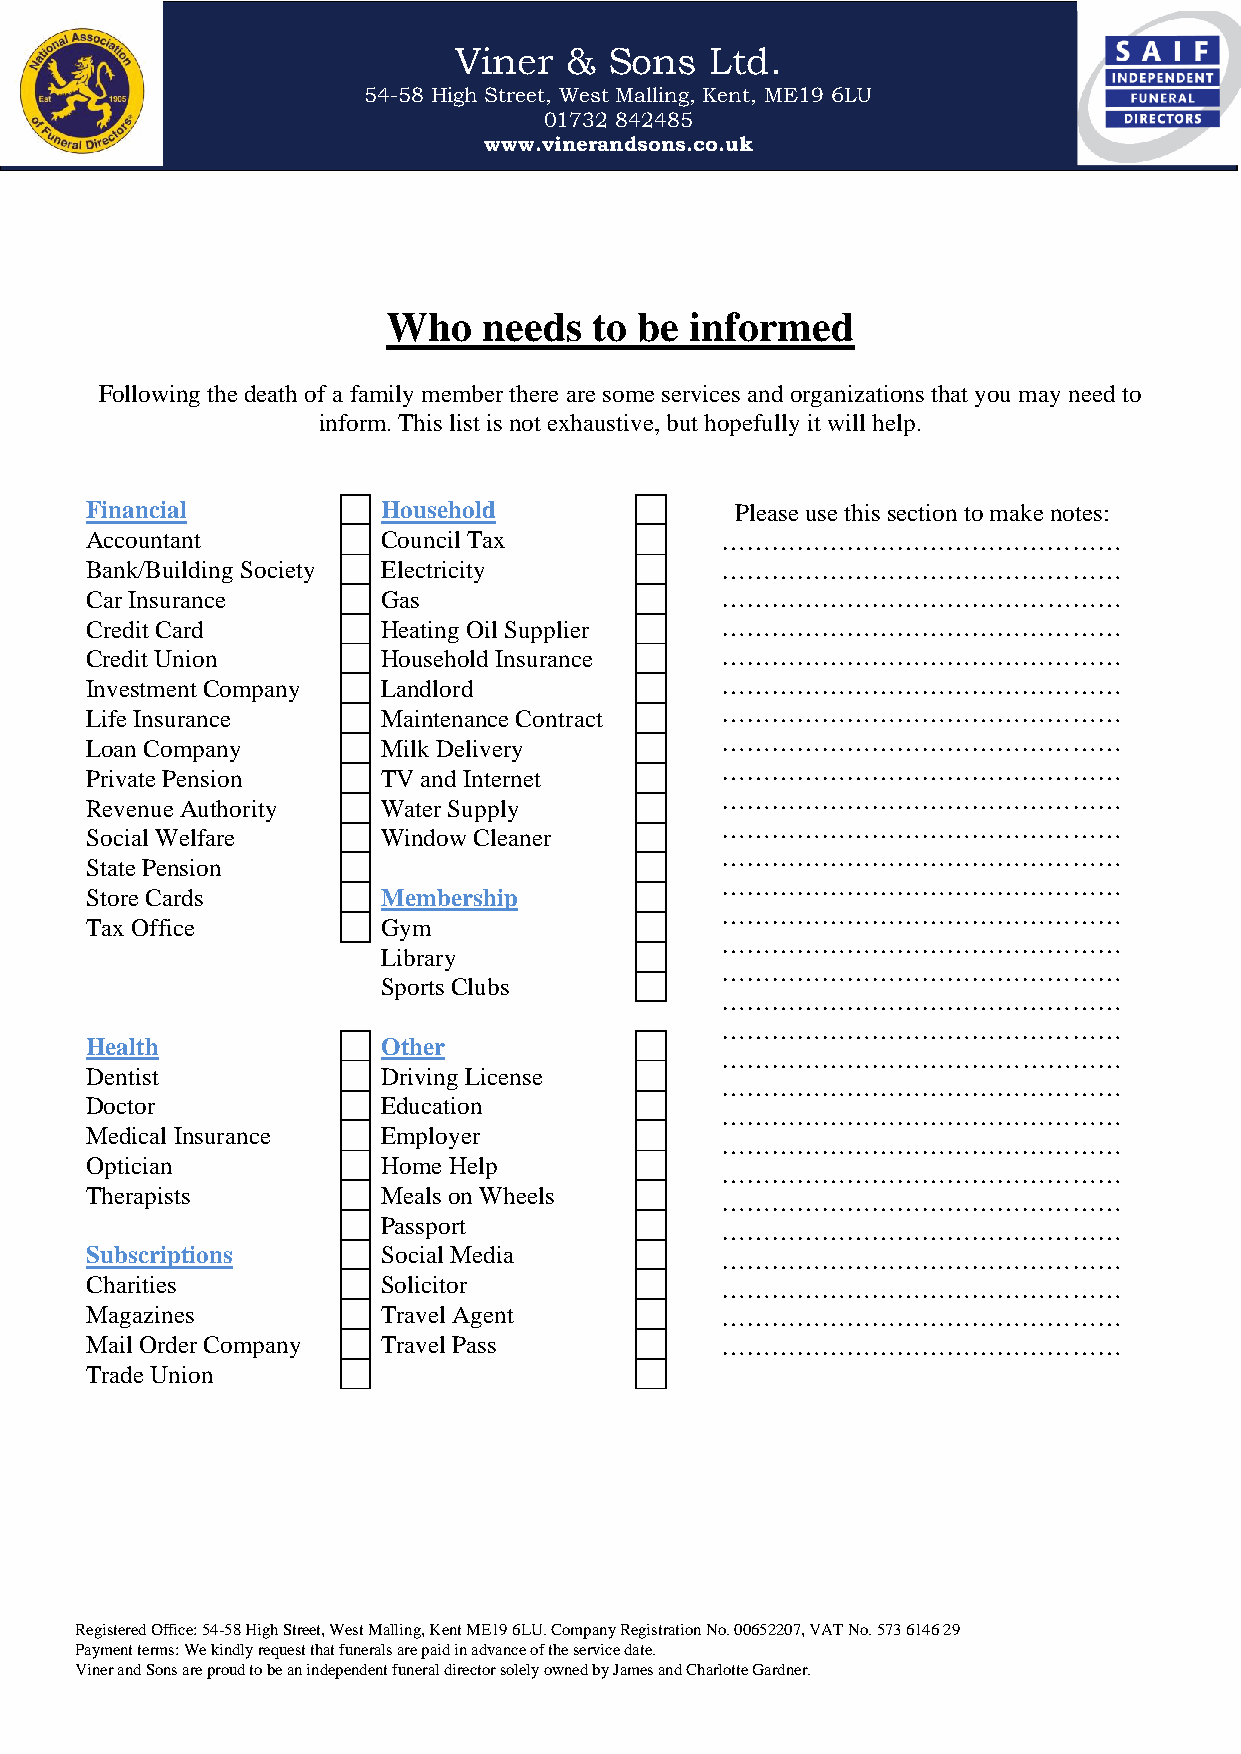
Viner  &  Sons   Ltd.
 54-58 High Street, West Malling, Kent, ME19 6LU
 01732 842485
 www.vinerandsons.co.uk
 Who   needs  to be  informed
 Following the death of a family member there are some services and organizations that you may need to
 inform. This list is not exhaustive, but hopefully it will help.
 Financial          Household               Please use this section to make notes:
 Accountant         Council Tax            …………………………………………
 Bank/Building Society Electricity         …………………………………………
 Car Insurance      Gas                    …………………………………………
 Credit Card        Heating Oil Supplier   …………………………………………
 Credit Union       Household Insurance    …………………………………………
 Investment Company Landlord               …………………………………………
 Life Insurance     Maintenance Contract   …………………………………………
 Loan Company       Milk Delivery          …………………………………………
 …………………………………………
 Private Pension    TV and Internet
 …………………………………………
 Revenue Authority  Water Supply
 …………………………………………
 Social Welfare     Window Cleaner
 …………………………………………
 State Pension
 …………………………………………
 Store Cards        Membership
 …………………………………………
 Tax Office         Gym
 …………………………………………
 Library
 …………………………………………
 Sports Clubs
 …………………………………………
 …………………………………………
 Health             Other
 …………………………………………
 Dentist            Driving License
 …………………………………………
 Doctor             Education
 …………………………………………
 Medical Insurance  Employer
 …………………………………………
 Optician           Home Help
 …………………………………………
 Therapists         Meals on Wheels
 …………………………………………
 Passport
 …………………………………………
 Subscriptions      Social Media           …………………………………………
 Charities          Solicitor              …………………………………………
 Magazines          Travel Agent           …………………………………………
 Mail Order Company Travel Pass            …………………………………………
 Trade Union
 Registered Office: 54-58 High Street, West Malling, Kent ME19 6LU. Company Registration No. 00652207, VAT No. 573 6146 29
 Payment terms: We kindly request that funerals are paid in advance of the service date.
 Viner and Sons are proud to be an independent funeral director solely owned by James and Charlotte Gardner.